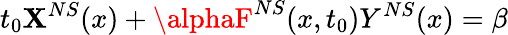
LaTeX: t_{0}\mathbf{X}^{NS}(x)+\alphaF^{NS}(x,t_{0})Y^{NS}(x)=\beta